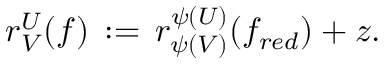
r _ { V } ^ { U } ( f ) \, : = \, r _ { \psi ( V ) } ^ { \psi ( U ) } ( f _ { r e d } ) + z .